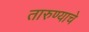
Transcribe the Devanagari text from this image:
तारुण्याचे